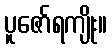
ပူဇော်ရကျိုး။